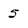
Character: 5